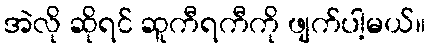
အဲလို ဆိုရင် ဆူကီရကီကို ဖျက်ပါ့မယ်။